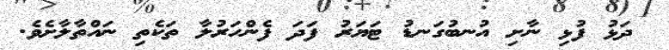
ދަޅު ފުޅި ނާށި އުނބުގަނޑު ޓަޔަރު ފަދަ ފެންހަރުލާ ތަކެތި ނައްތާލާށެވެ.